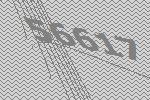
56617